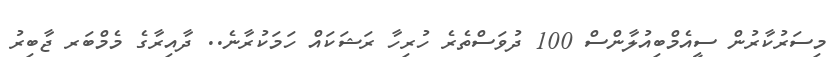
މިސަރުކާރުން ސީއެމްބިއުލާންސް 100 ދުވަސްތެރެ ހުރިހާ ރަޝަކައް ހަމަކުރާނެ.. ދާއިރާގެ މެމްބަރ ޖާބިރު